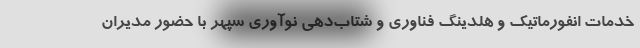
خدمات انفورماتیک و هلدینگ فناوری و شتاب‌دهی نوآوری سپهر با حضور مدیران